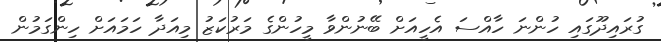
ގުރައިދޫގައި ހުންނަ ހާއްސަ އެހީއަށް ބޭނުންވާ މީހުންގެ މަރުކަޒު މިއަދާ ހަމައަށް ހިންގަމުން